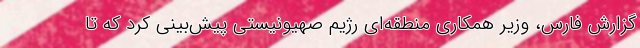
گزارش فارس، وزیر همکاری منطقه‌ای رژیم صهیونیستی پیش‌بینی کرد که تا